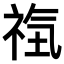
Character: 𥙰